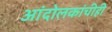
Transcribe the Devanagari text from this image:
आंदोलकांचीही